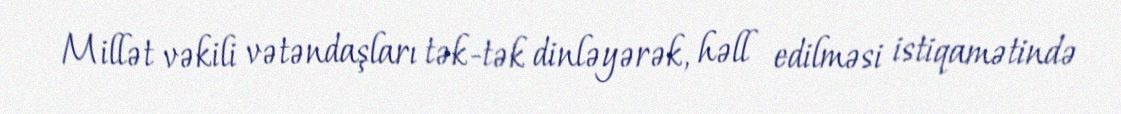
Millət vəkili vətəndaşları tək-tək dinləyərək, həll edilməsi istiqamətində